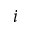
i